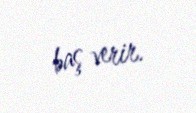
baş verir.